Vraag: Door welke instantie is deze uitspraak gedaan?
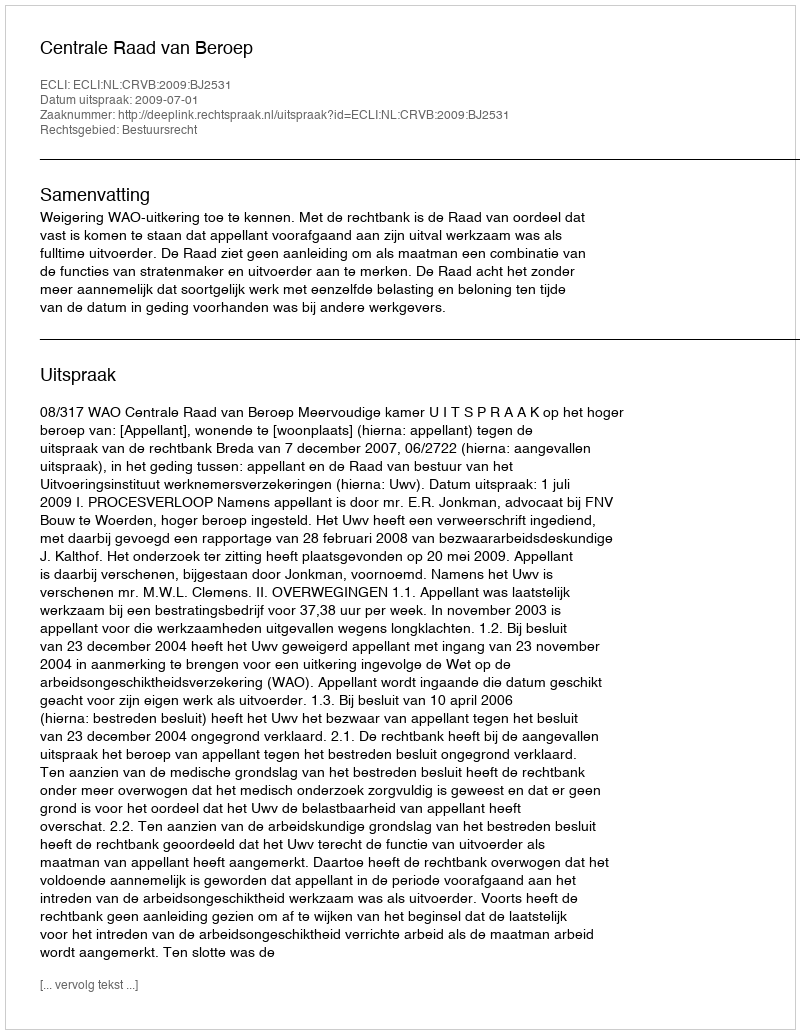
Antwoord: Centrale Raad van Beroep